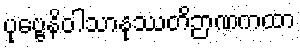
ပုဗ္ဗေနိဝါသာနုဿတိဉာဏကထာ